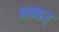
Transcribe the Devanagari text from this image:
अक्सर्